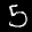
Digit: 5